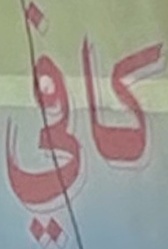
كافي